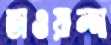
তাওয়ান্দা